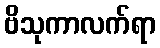
ဗိသုကာလက်ရာ